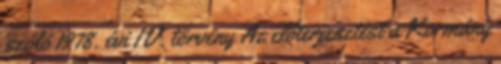
szóló 1978. évi IV. törvény Az előterjesztést a Kormány